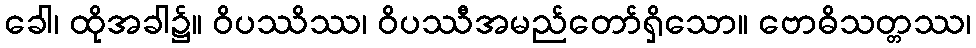
ခေါ၊ ထိုအခါ၌။ ဝိပဿိဿ၊ ဝိပဿီအမည်တော်ရှိသော။ ဗောဓိသတ္တဿ၊